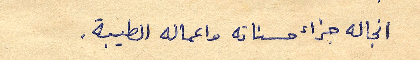
انجاله جزاء حسناته واعماله الطيبة.